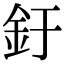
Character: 釪